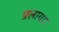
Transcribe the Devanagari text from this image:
फ़्लायड